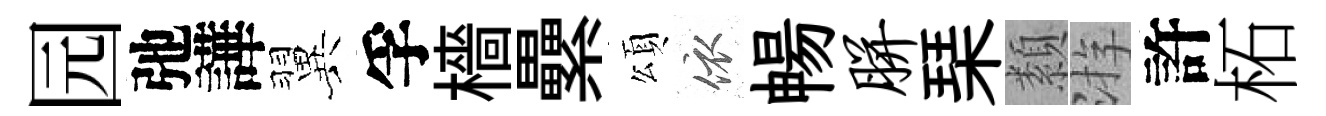
园弛譁翼孚檣纍頌依暢胼琹纇㳺許柘